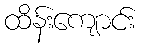
ထိန်းကျောင်း